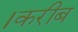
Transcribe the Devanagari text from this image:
।करीब